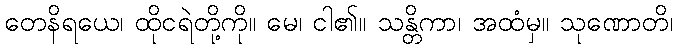
တေနိရယေ၊ ထိုငရဲတို့ကို။ မေ၊ ငါ၏။ သန္တိကာ၊ အထံမှ။ သုဏောတိ၊